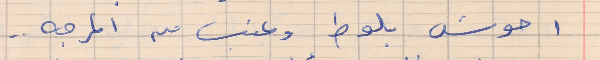
احوش بلوط وعنب من المرجه . .